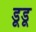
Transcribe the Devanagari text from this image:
डूडू